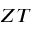
Z T